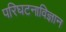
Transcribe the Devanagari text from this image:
परिघटनाविज्ञान